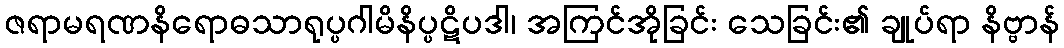
ဇရာမရဏနိရောဓသာရုပ္ပဂါမိနိပ္ပဋိပဒါ၊ အကြင်အိုခြင်း သေခြင်း၏ ချုပ်ရာ နိဗ္ဗာန်